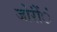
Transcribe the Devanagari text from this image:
जोरोंंं